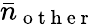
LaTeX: \bar{n}_{\mathrm{~o~t~h~e~r~}}